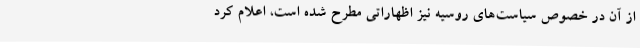
از آن در خصوص سیاست‌های روسیه نیز اظهاراتی مطرح شده است، اعلام کرد